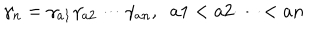
LaTeX: \gamma _ { n } = \gamma _ { a 1 } \gamma _ { a 2 } \cdots \gamma _ { a n } , \; \; a 1 < a 2 \cdots < a n